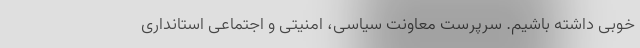
خوبی داشته باشیم. سرپرست معاونت سیاسی، امنیتی و اجتماعی استانداری